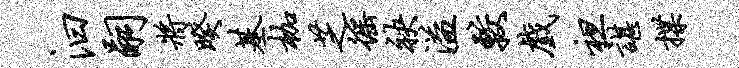
汩嗣将暌基枷芝徭袂溢较戏袒谌揲